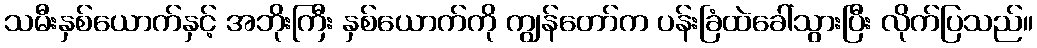
သမီးနှစ်ယောက်နှင့် အဘိုးကြီး နှစ်ယောက်ကို ကျွန်တော်က ပန်းခြံထဲခေါ်သွားပြီး လိုက်ပြသည်။